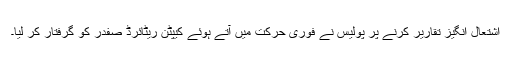
اشتعال انگیز تقاریر کرنے پر پولیس نے فوری حرکت میں آتے ہوئے کیپٹن ریٹائرڈ صفدر کو گرفتار کر لیا۔